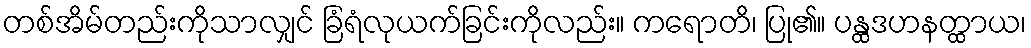
တစ်အိမ်တည်းကိုသာလျှင် ခြံရံလုယက်ခြင်းကိုလည်း။ ကရောတိ၊ ပြု၏။ ပန္ထဒဟနတ္ထာယ၊